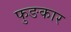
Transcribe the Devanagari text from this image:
फुङकार